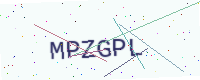
Text: MPZGPL